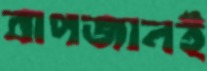
বাপজানই